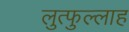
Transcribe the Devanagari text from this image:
लुत्फुल्लाह